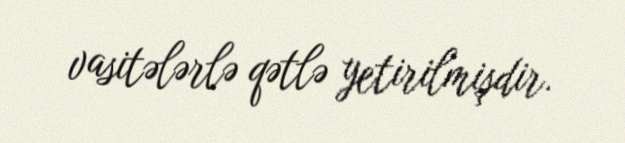
vasitələrlə qətlə yetirilmişdir.